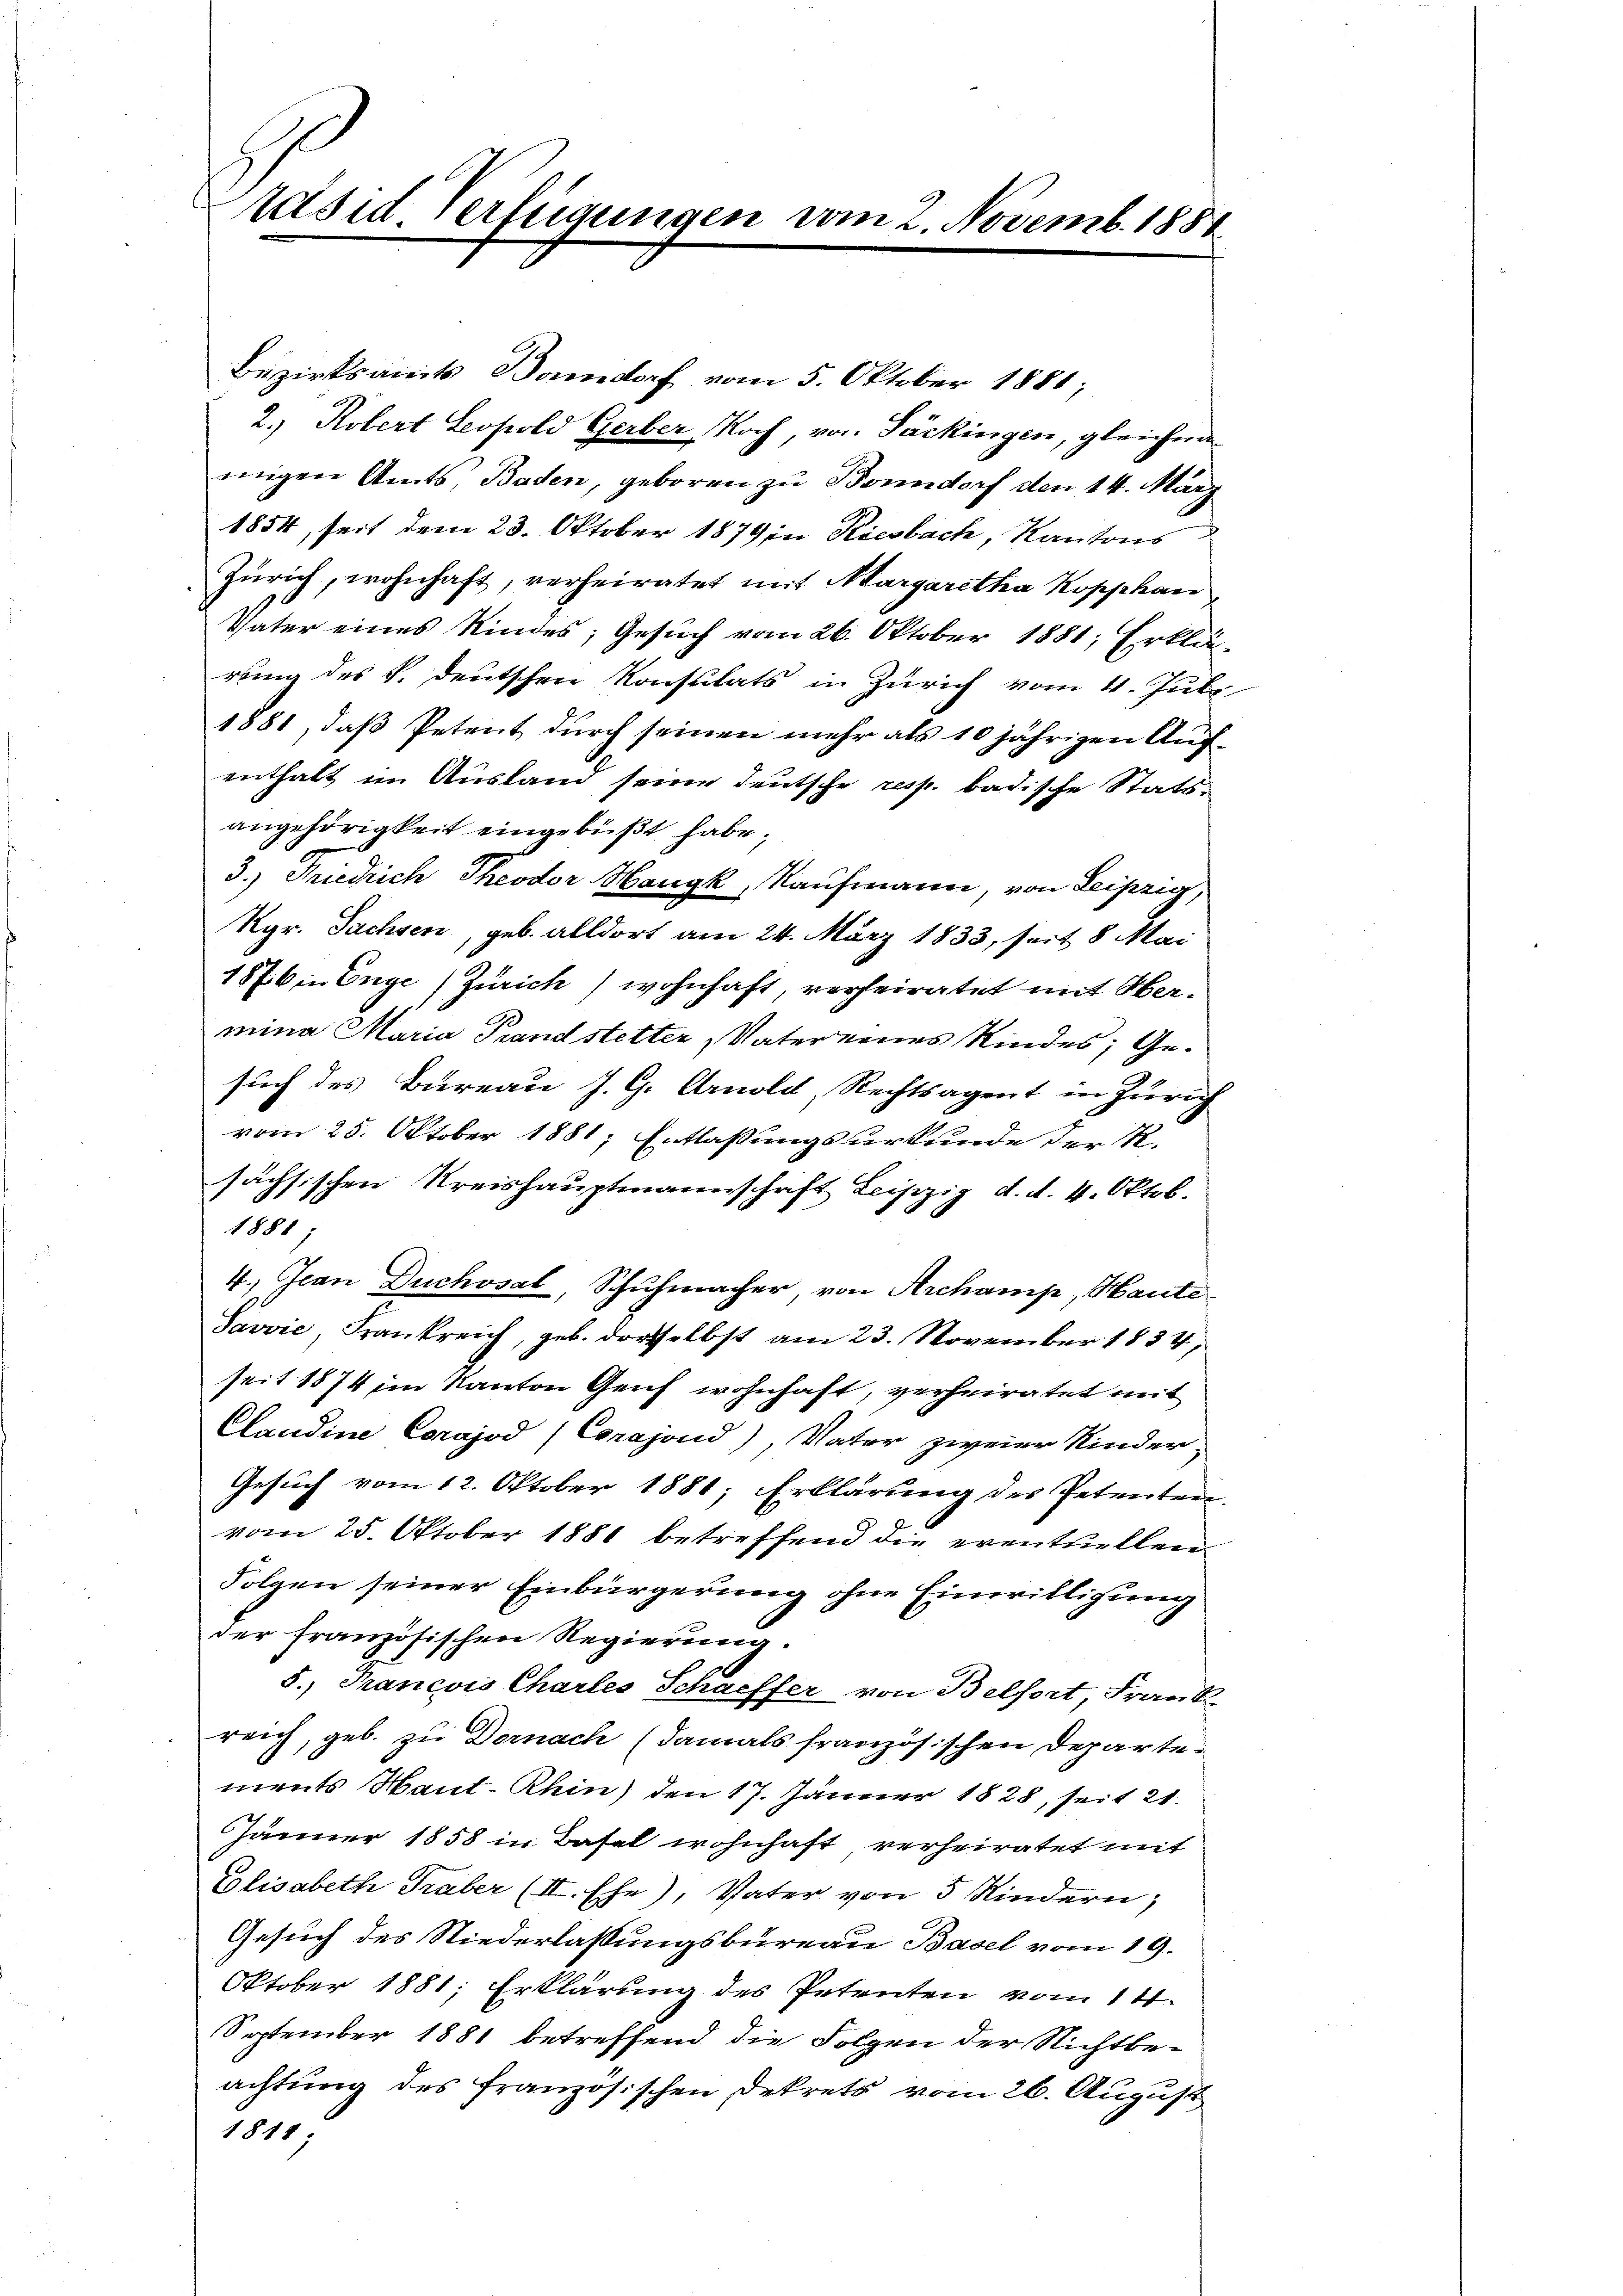
räsid Verfügungen vom 2. Novemb. 1888

Bezirksamts Bandorf vom 5. Oktober 1881;
2.) Kobert Leopold Gerber Noch, von Packingen, gleichna
migen Amts Baden, geboren zu Bonndorf den 14. März
1854, seit dem 23. Oktober 1879 in Riesbach, Kantons
Zürich, wohnhaft, verheiratet mit Margaretha Kopphan
Vater eines Kindes; Gesuch vom 26. Oktober 1881; Erklärung des k. deutschen Konsulats in Zürich vom 4. Juli.
1881, daß Petent durch seinen mehr als 10 jährigen Aufenthalt im Ausland seine deutsche resp. badische Statsangehörigkeit eingebüßt habe.
3.) Friedrich Theodor Hangk Kaufmann, von Leipzig,
Kgr. Sachsen, geb. alldort am 24. März 1833, seit 8 Mai
1876 in Enge Zürich) wohnhaft, verheiratet mit Hermina Maria Prand stetter Vater eines Kindes; Gesuch des Bureau J. G. Arnold, Rechtsagent in Zürich
vom 25. Oktober 1881, Entlaßungsurkunde der K.
sächsischen Kreishauptmannschaft Leipzig d. d. 4. Oktob.
1881;
4. Jean Duchosal, Schuhmacher, von Archamp, Haute
Pavvie, Frankreich, geb. dortselbst am 23. November 1834,
seit 1874 im Kanton Genf wohnhaft, verheiratet mit
Claudine Corajod (Conajond) Vater zweier Kinder-
Gesuch vom 12. Oktober 1881; Erklärung des Petenten-
vom 25. Oktober 1881 betreffend die eventuellen
Folgen seiner Einbürgerung ohne Einwilligung
der französischen Regierung.
5.) Trancois Charles Schaeffer von Belfort, Frank
reich, geb. zu Dornach (damals französischen Departements Haut-Rhin) den 17. Jänner 1828, seit 21.
Jänner 1858 in Basel wohnhaft verheiratet mit
Elisabeth Traber (II. Ehe), Vater von 5 Kindern,
Gesuch des Niederlassungsbureau Basel vom 19.
Oktober 1881; Erklärung des Petenten vom 14.
September 1881 betreffend die Folgen der Nichtbe-
achtung des französischen Dekrets vom 26. August
1811;

u